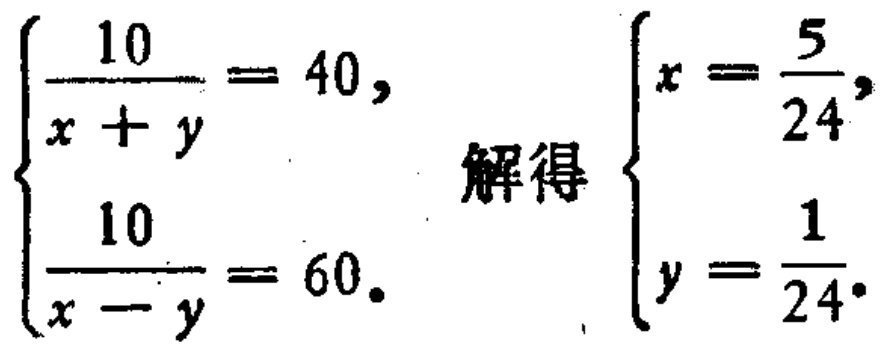
\(\begin{cases}\frac{10}{x + y}= 40,\\\frac{10}{x - y}= 60.\end{cases}\) 解得\(\begin{cases}x =\frac{5}{24},\\y =\frac{1}{24}.\end{cases}\)